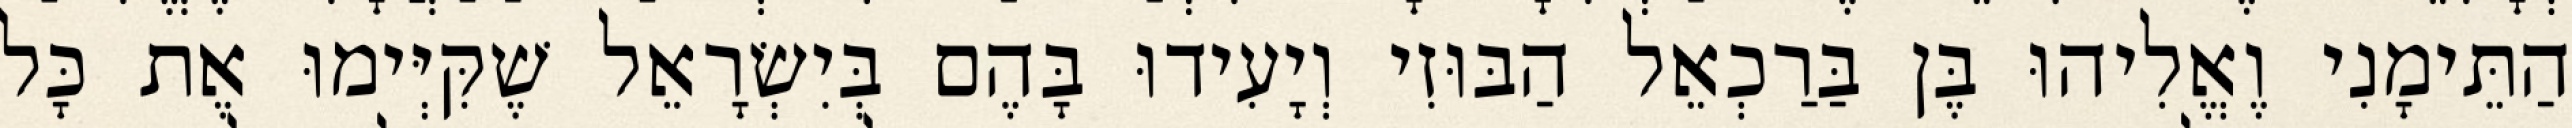
הַתֵּימָנִי וֶאֱלִיהוּ בֶּן בַּרַכְאֵל הַבּוּזִי וְיָעִידוּ בָּהֶם בְּיִשְׂרָאֵל שֶׁקִּיְּימוּ אֶת כָּל